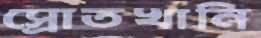
স্রোতখানি